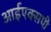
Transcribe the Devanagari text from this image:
आईएक्सपी